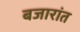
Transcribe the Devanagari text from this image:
बजारांत